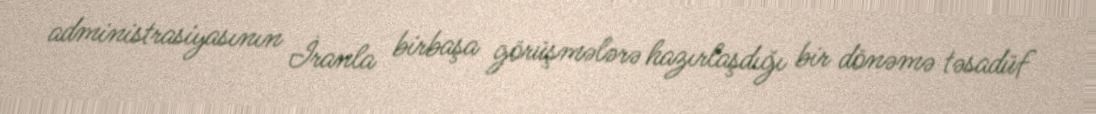
administrasiyasının İranla birbaşa görüşmələrə hazırlaşdığı bir dönəmə təsadüf